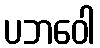
ပဘဝေါ